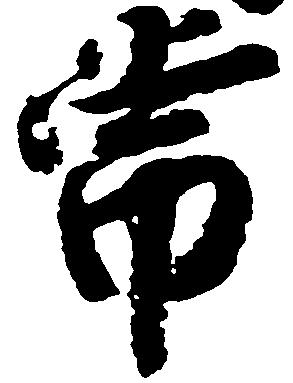
常